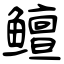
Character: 鳣